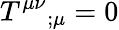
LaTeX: T^{\mu\nu}{}_{;\mu}=0